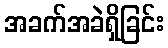
အခက်အခဲရှိခြင်း